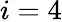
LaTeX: i=4